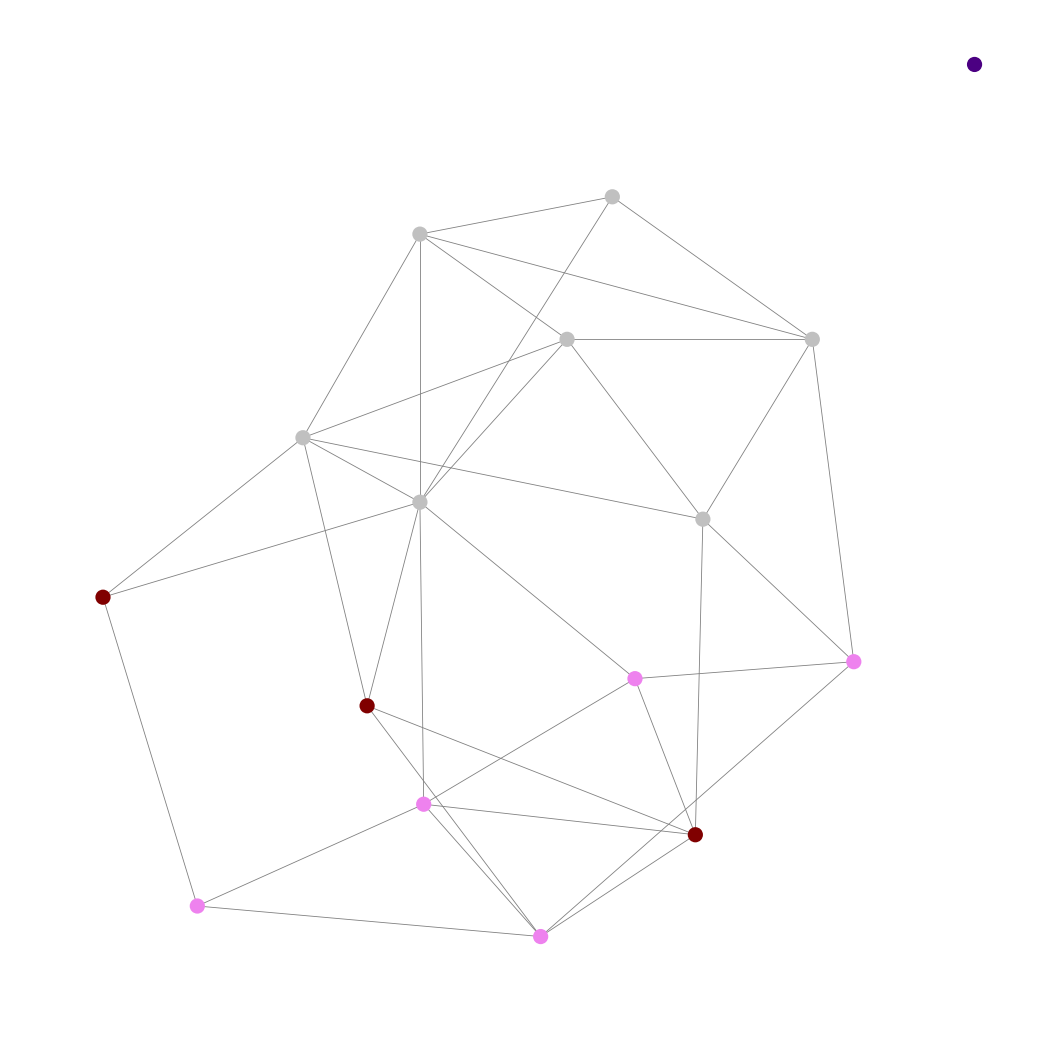
Graph connected: No
Number of connected components: 2
Number of singletons: 1
Total number of nodes: 16
Total number of edges: 35
Number of communities: 4
Community sizes:
Indigo: 1
Maroon: 3
Silver: 7
Violet: 5
Graph layout: tda
Graph generation method: erdos_renyi